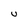
Character: U